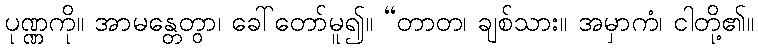
ပုဏ္ဏကို။ အာမန္တေတွာ၊ ခေါ်တော်မူ၍။ “တာတ၊ ချစ်သား။ အမှာကံ၊ ငါတို့၏။